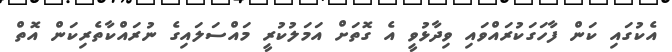
އެކުގައި ކަން ފާހަގަކުރައްވައި ވިދާޅުވީ އެ ގޮތަށް އަމަލުކުރީ މައްސަލައިގެ ނުރައްކާތެރިކަން އޮތް